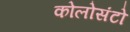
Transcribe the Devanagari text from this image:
कोलोसंटो